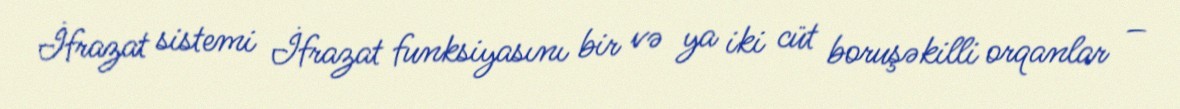
İfrazat sistemi İfrazat funksiyasını bir və ya iki cüt boruşəkilli orqanlar –